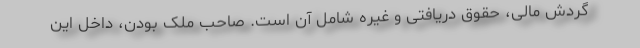
گردش مالی، حقوق دریافتی و غیره شامل آن است. صاحب ملک بودن، داخل این